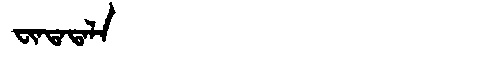
Manchu: ᠸᡳᠨᡨᠠᡨᠠᠯᠠ
Romanization: FINTATALA